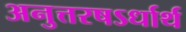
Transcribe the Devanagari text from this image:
अनुत्तरषऽर्धार्थ